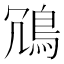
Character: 𫚲